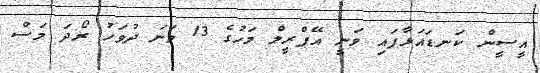
އީސީން ކަނޑައަޅާފައި ވަނީ އޭޕްރީލް މަހުގެ 13 ވަނަ ދުވަހު ރޯދަ މަސް